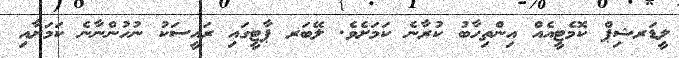
ލީޑަރޝިޕް ކޮމެޓީއެއް އިންތިހާބު ކުރާނެ ކަމަށެވެ. ލޭބަރ ޕާޓީގައި ރައީސަކު ނުހުންނާނެ ކަމަށާއި